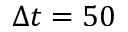
\Delta t = 5 0